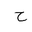
Letter: _ha